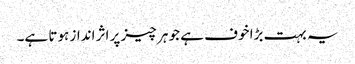
یہ بہت بڑا خوف ہے جو ہر چیز پر اثر انداز ہوتا ہے۔